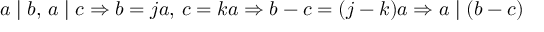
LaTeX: a \mid b , \, a \mid c \Rightarrow b = j a , \, c = k a \Rightarrow b - c = ( j - k ) a \Rightarrow a \mid ( b - c )